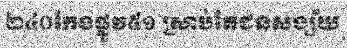
២៤០កែងផ្លូវ៥១ ស្រាប់តែជនសង្ស័យ